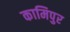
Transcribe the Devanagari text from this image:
कामिपुर